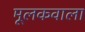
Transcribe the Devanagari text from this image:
मूलकवाला